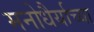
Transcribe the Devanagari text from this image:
मनोधैर्याच्या